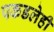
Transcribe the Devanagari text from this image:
पकडलेही